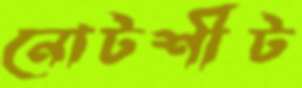
নোটশীট